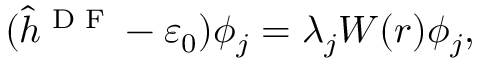
( \hat { h } ^ { \textrm { D F } } - \varepsilon _ { 0 } ) \phi _ { j } = \lambda _ { j } W ( r ) \phi _ { j } ,